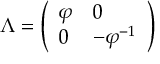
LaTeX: \Lambda = { \left( \begin{array} { l l } { \varphi } & { 0 } \\ { 0 } & { - \varphi ^ { - 1 } } \end{array} \right) }